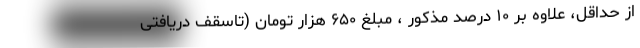
از حداقل، علاوه بر ۱۰ درصد مذکور ، مبلغ ۶۵۰ هزار تومان (تاسقف دریافتی